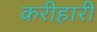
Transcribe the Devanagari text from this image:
करीहारी